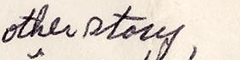
other story